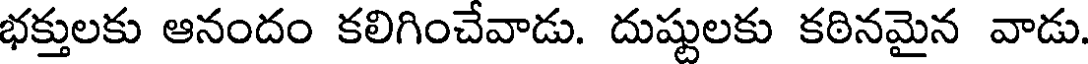
భక్తులకు ఆనందం కలిగించేవాడు. దుష్టులకు కఠినమైన వాడు.